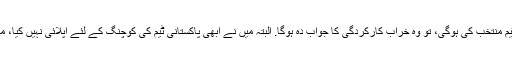
ان کا کہنا تھا کہ اگر ہیڈ کوچ ہی نے ٹیم منتخب کی ہوگی، تو وہ خراب کارکردگی کا جواب دہ ہوگا. البتہ میں نے ابھی پاکستانی ٹیم کی کوچنگ کے لئے اپلائی نہیں کیا، میرے کوچ بننے کی صرف افواہیں ہیں۔